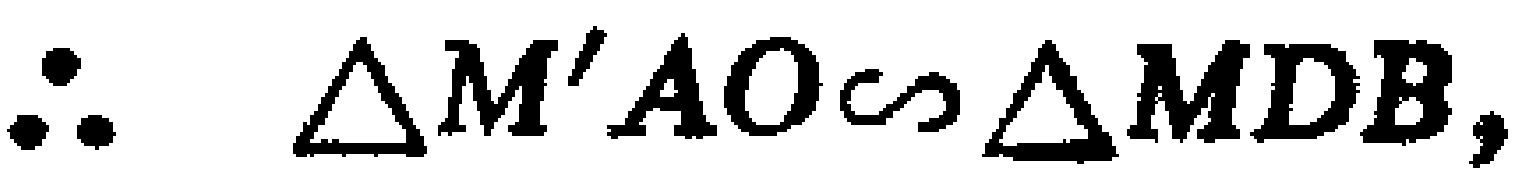
\(\therefore \triangle M'AO\sim \triangle MDB,\)